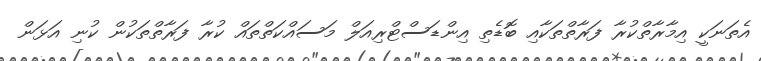
އެތަނަކީ އިމާރާތްކުރާ ފަރާތްތަކާއި ބޮޑެތި އިންޑަސްޓްރިއަލް މަސައްކަތްތައް ކުރާ ފަރާތްތަކުން ކުނި އަޅަން